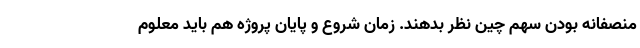
منصفانه بودن سهم چین نظر بدهند. زمان شروع و پایان پروژه هم باید معلوم